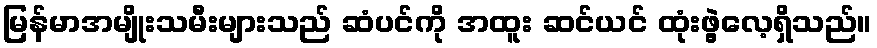
မြန်မာအမျိုးသမီးများသည် ဆံပင်ကို အထူး ဆင်ယင် ထုံးဖွဲ့လေ့ရှိသည်။